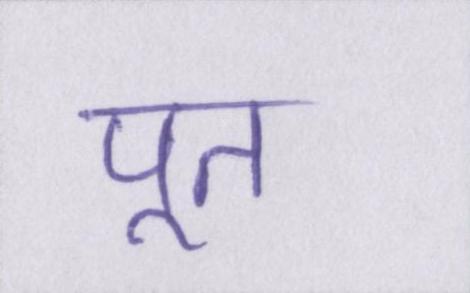
पूत